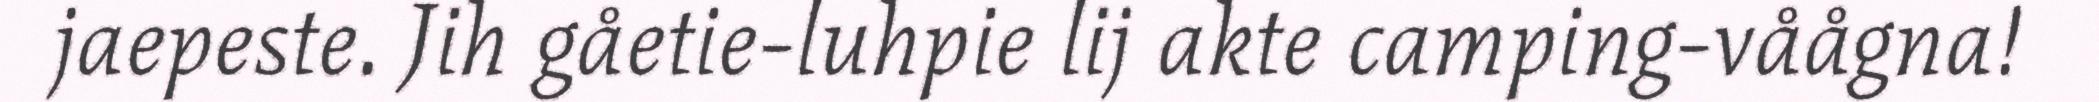
jaepeste. Jih gåetie-luhpie lij akte camping-våågna!